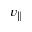
v _ { \parallel }